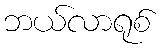
ဘယ်လာရုစ်